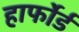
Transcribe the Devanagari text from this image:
हार्फोर्ड